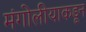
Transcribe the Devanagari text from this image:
मंगोलीयाकडून